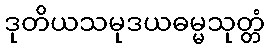
ဒုတိယသမုဒယဓမ္မသုတ္တံ